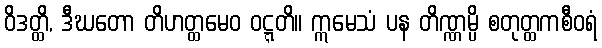
ဝိဒတ္ထိ, ဒီဃတော တိဟတ္ထမေဝ ဝဋ္ဋတိ။ ဣမေသံ ပန တိဏ္ဏမ္ပိ စတုတ္ထကစီဝရံ